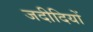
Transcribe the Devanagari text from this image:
जदीदियों